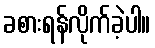
ခစားရန်လိုက်ခဲ့ပါ။